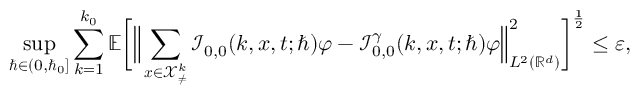
\operatorname* { s u p } _ { \hbar \in ( 0 , \hbar _ { 0 } ] } \sum _ { k = 1 } ^ { k _ { 0 } } \mathbb { E } \bigg [ \Big \lVert \sum _ { \boldsymbol { x } \in \mathcal { X } _ { \neq } ^ { k } } \mathcal { I } _ { 0 , 0 } ( k , \boldsymbol { x } , t ; \hbar ) \varphi - \mathcal { I } _ { 0 , 0 } ^ { \gamma } ( k , \boldsymbol { x } , t ; \hbar ) \varphi \Big \rVert _ { L ^ { 2 } ( \mathbb { R } ^ { d } ) } ^ { 2 } \bigg ] ^ { \frac { 1 } { 2 } } \leq \varepsilon ,